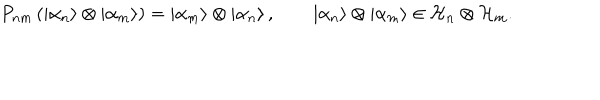
LaTeX: P _ { n m } \left( \left| \alpha _ { n } \right\rangle \otimes \left| \alpha _ { m } \right\rangle \right) = \left| \alpha _ { m } \right\rangle \otimes \left| \alpha _ { n } \right\rangle , \qquad \left| \alpha _ { n } \right\rangle \otimes \left| \alpha _ { m } \right\rangle \in { \cal H } _ { n } \otimes { \cal H } _ { m } .